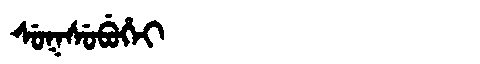
Manchu: ᠰᡠᡴᠰᡠᠪᡠᡥᡝᡳ
Romanization: SUKSUBUHEI